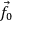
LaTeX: { \vec { f } } _ { 0 }